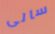
سالى